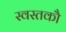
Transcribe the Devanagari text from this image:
स्वस्तकौ